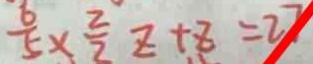
\frac { 6 } { 5 } \times \frac { 2 } { 3 } z + z = 2 7